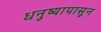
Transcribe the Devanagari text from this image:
धनुष्यापासून